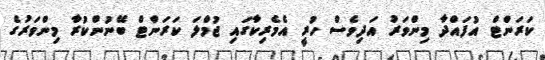
ކަރަންޓް އުފައްދާ މިންވަރު އަދިވެސް ހުރީ އެމެރިކާގައި ޖުމްލަ ކަރަންޓް ބޭނުންކުރާ މިންވަރުގެ